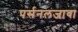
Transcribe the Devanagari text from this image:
पर्सनलजावा